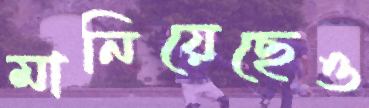
মানিয়েছেও